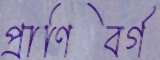
প্রাণিবর্গ